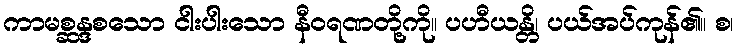
ကာမစ္ဆန္ဒစသော ငါးပါးသော နီဝရဏတို့ကို။ ပဟီယန္တိ၊ ပယ်အပ်ကုန်၏။ စ၊